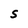
Character: S